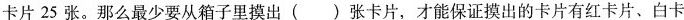
卡片25张。那么最少要从箱子里摸出( )张卡片，才能保证摸出的卡片有红卡片、白卡